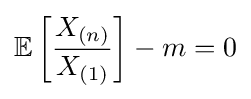
\mathbb {E} \left[{\frac {X_{(n)}}{X_{(1)}}}\right]-m=0